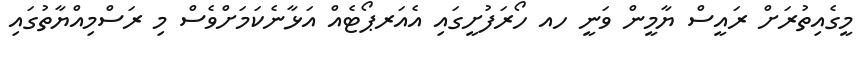
މީގެއިތުރަށް ރައީސް ޔާމީން ވަނީ ހއ ހޯރަފުށީގައި އެއަރޕޯޓެއް އަޅާނެކަމަށްވެސް މި ރަސްމިއްޔާތުގައި